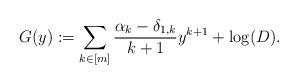
LaTeX: \begin{align*} G(y) := \sum_{k\in [m]} \frac{\alpha_k-\delta_{1,k}}{k+1} y^{k+1} + \log(D).\end{align*}